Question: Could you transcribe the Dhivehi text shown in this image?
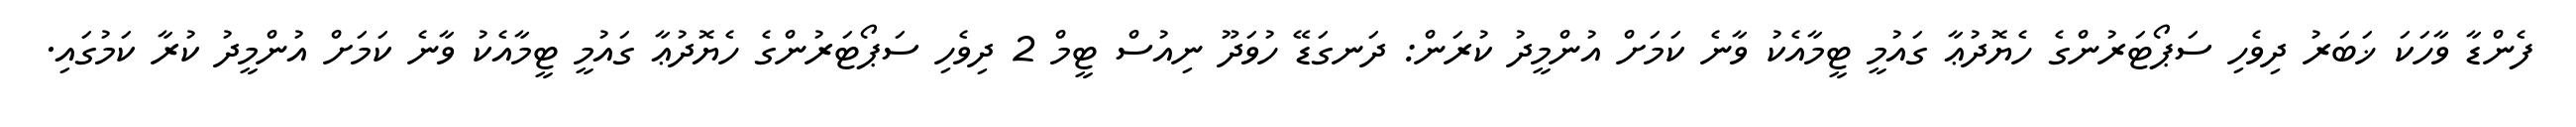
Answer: ފެންޑާ ވާހަކަ ޚަބަރު ދިވެހި ސަޕޯޓަރުންގެ ހެޔޮދުޢާ ގައުމީ ޓީމާއެކު ވާނެ ކަމަށް އުންމީދު ކުރަން: ދަނގަޑޭ ހުވަދޫ ނިއުސް ޓީމް 2 ދިވެހި ސަޕޯޓަރުންގެ ހެޔޮދުޢާ ގައުމީ ޓީމާއެކު ވާނެ ކަމަށް އުންމީދު ކުރާ ކަމުގައި.